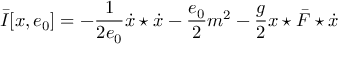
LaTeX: \bar { I } [ x , e _ { 0 } ] = - \frac { 1 } { 2 e _ { 0 } } \dot { x } \star \dot { x } - \frac { e _ { 0 } } { 2 } m ^ { 2 } - \frac { g } { 2 } x \star \bar { \cal F } \star \dot { x }